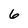
Character: 6